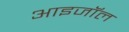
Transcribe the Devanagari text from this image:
आइजॉल